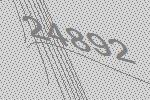
24892